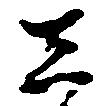
し